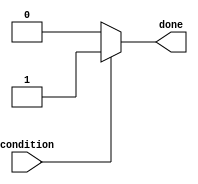
module conditional_wait_block (
    input wire condition,  // Condition signal
    output reg done       // Output signal indicating completion of wait
);

    // Initial state
    initial begin
        done = 0; // Initially, the wait is not done
    end

    // Always block to monitor the condition
    always @(*) begin
        // Wait until the condition is met
        if (condition) begin
            done = 1; // Condition met, set done signal
        end else begin
            done = 0; // Condition not met, keep waiting
        end
    end

endmodule